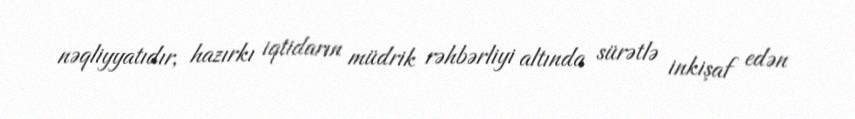
nəqliyyatıdır, hazırkı iqtidarın müdrik rəhbərliyi altında sürətlə inkişaf edən